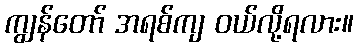
ကျွန်တော် အရစ်ကျ ဝယ်လို့ရလား။